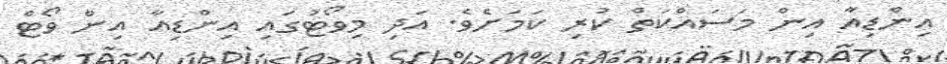
އިންޑިއާ އިން މަަސައްކަތް ކުރި ކަމަށެވެ. އަދި މިވޯޓުގައި އިންޑިއާ އިން ވޯޓް